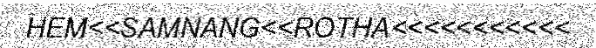
HEM<<SAMNANG<<ROTHA<<<<<<<<<<<